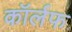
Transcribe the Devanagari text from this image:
कॉर्लफ